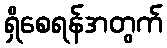
ရှိစေရန်အတွက်